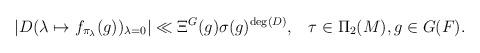
LaTeX: \begin{align*}\displaystyle \left\lvert D(\lambda\mapsto f_{\pi_\lambda}(g))_{\lambda=0}\right\rvert\ll \Xi^G(g)\sigma(g)^{\deg(D)},\;\;\; \tau\in \Pi_2(M), g\in G(F).\end{align*}